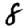
Digit: 8